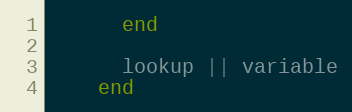
Language: Ruby
      end

      lookup || variable
    end